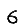
Digit: 6